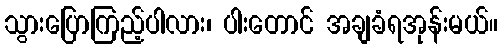
သွားပြောကြည့်ပါလား၊ ပါးတောင် အချခံရအုန်းမယ်။